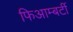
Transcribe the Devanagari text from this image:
फिआम्बर्टी